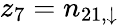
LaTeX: z_{7}=n_{21,\downarrow}